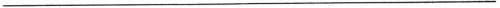
___